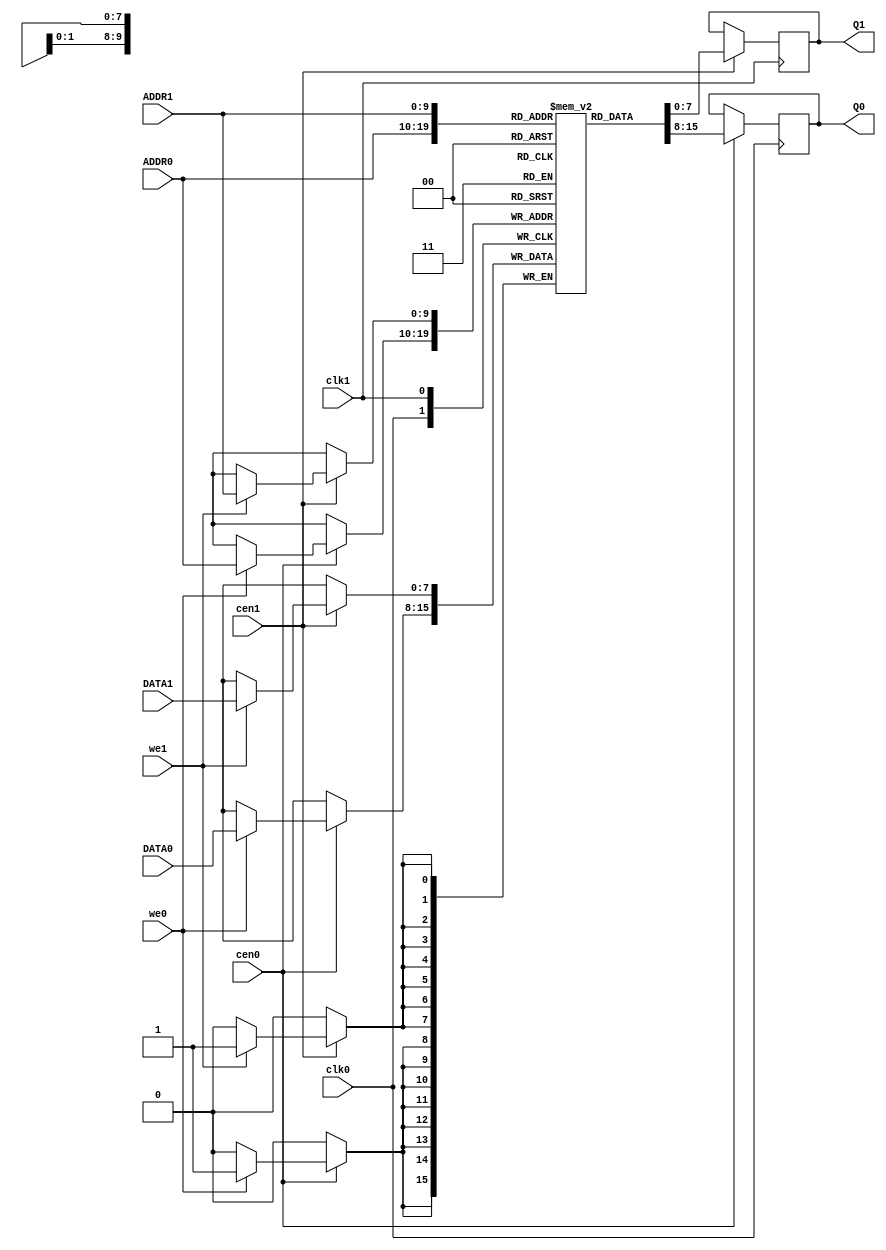
//SRAM_dual_sync.v
//Dual port static synchronous RAM of variable size with initialization file
`default_nettype none
`timescale 1ns/1ps

//default 8x1K ram size
module SRAM_dual_sync #(parameter DATA_WIDTH = 8, ADDR_WIDTH = 10)(
    input wire clk0,
    input wire clk1,
    input wire [ADDR_WIDTH-1:0] ADDR0,
    input wire [ADDR_WIDTH-1:0] ADDR1,
    input wire [DATA_WIDTH-1:0] DATA0,
    input wire [DATA_WIDTH-1:0] DATA1,
    (* direct_enable = 1 *) input wire cen0,
    (* direct_enable = 1 *) input wire cen1,
    input wire we0,
    input wire we1,
    output reg [DATA_WIDTH-1:0] Q0,
    output reg [DATA_WIDTH-1:0] Q1
    );

    (* ramstyle = "no_rw_check" *) reg [DATA_WIDTH-1:0] mem[0:(2**ADDR_WIDTH)-1];
    
    always @(posedge clk0) begin
        if (cen0) begin
            Q0 <=  mem[ADDR0];

            if(we0) begin
                mem[ADDR0] <= DATA0;
            end
        end
    end

    always @(posedge clk1) begin
        if (cen1) begin
            Q1 <=  mem[ADDR1];

            if(we1) begin
                mem[ADDR1] <= DATA1;
            end
        end
    end
endmodule